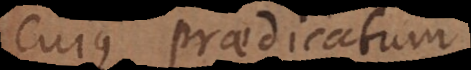
cujus praedicatum